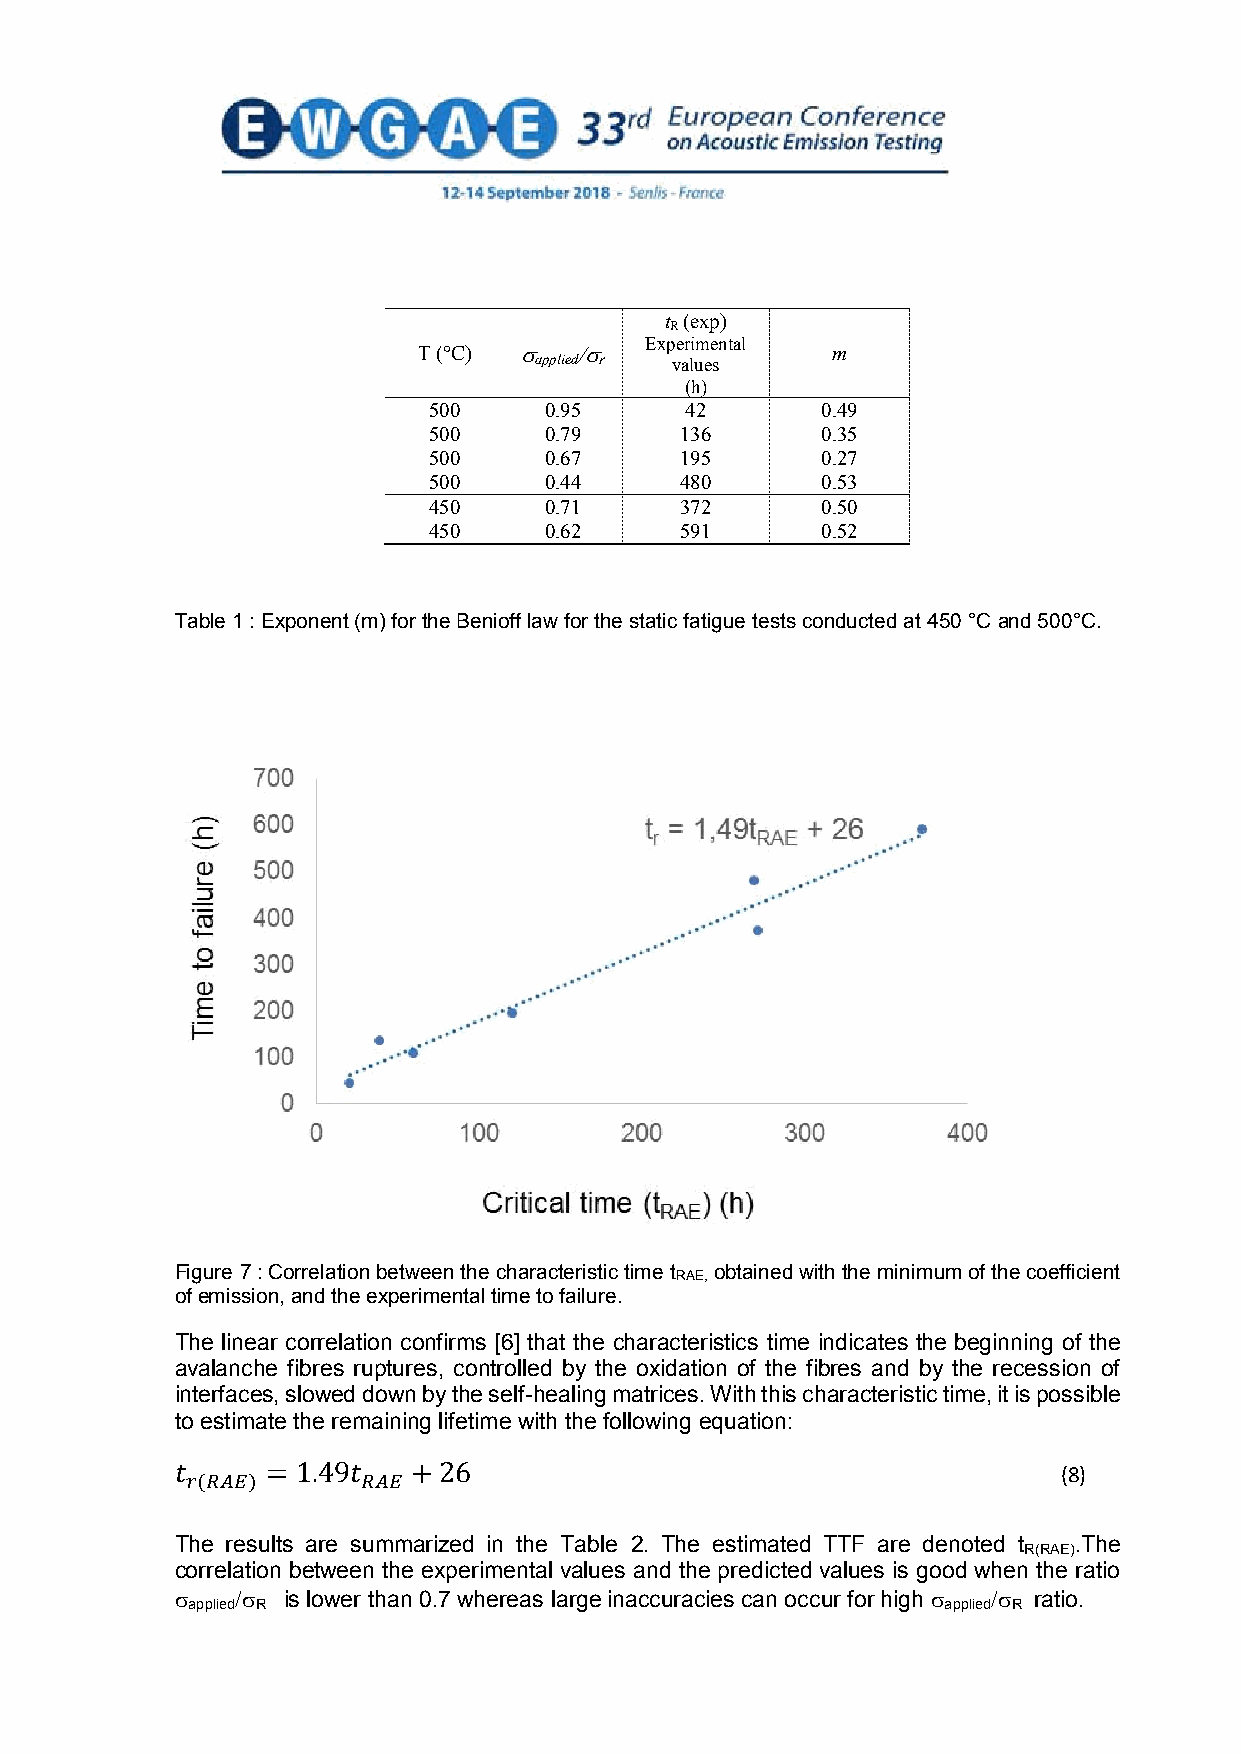
t (exp)
 R
 Experimental
 T (°C)                  m
 applied r values
 (h)
 500     0.95     42       0.49
 500     0.79     136      0.35
 500     0.67     195      0.27
 500     0.44     480      0.53
 450     0.71     372      0.50
 450     0.62     591      0.52
 Table 1 : Exponent (m) for the Benioff law for the static fatigue tests conducted at 450 °C and 500°C.
 Figure 7 : Correlation between the characteristic time tRAE, obtained with the minimum of the coefficient
 of emission, and the experimental time to failure.
 The linear correlation confirms [6] that the characteristics time indicates the beginning of the
 avalanche fibres ruptures, controlled by the oxidation of the fibres and by the recession of
 interfaces, slowed down by the self-healing matrices. With this characteristic time, it is possible
 to estimate the remaining lifetime with the following equation:
 (8)
 𝑟𝑟(𝑅𝑅𝑅𝑅𝑅𝑅)  𝑅𝑅𝑅𝑅𝑅𝑅
 𝑡𝑡    = 1.49𝑡𝑡 + 26
 The results are summarized in the Table 2. The estimated TTF are denoted t .The
 R(RAE)
 correlation between the experimental values and the predicted values is good when the ratio
      is lower than 0.7 whereas large inaccuracies can occur for high   ratio.
 applied R                                         applied R
 13